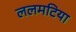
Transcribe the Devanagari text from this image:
ललमटिया